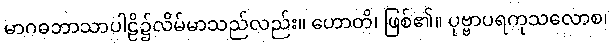
မာဂဓဘာသာပါဠိ၌လိမ်မာသည်လည်း။ ဟောတိ၊ ဖြစ်၏။ ပုဗ္ဗာပရကုသလောစ၊